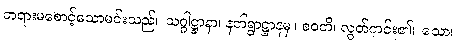
တရားမစောင့်သောမင်းသည်။ သဂ္ဂါဋ္ဌာနာ၊ နတ်ရွာဋ္ဌာနမှ။ စဝတိ၊ လွတ်ကင်း၏။ သော၊